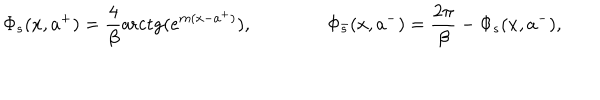
\Phi _ { s } ( x , a ^ { + } ) = \frac { 4 } { \beta } { \textrm { a r c t g } } ( e ^ { m ( x - a ^ { + } ) } ) , \qquad \qquad \Phi _ { \bar { s } } ( x , a ^ { - } ) = \frac { 2 \pi } { \beta } - \Phi _ { s } ( x , a ^ { - } ) ,